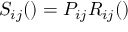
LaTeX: S _ { i j } ( \l ) = P _ { i j } R _ { i j } ( \l )